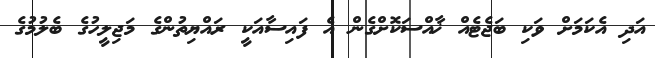
އަދި އެކަމަށް ވަކި ބަޖެޓެއް ޚާއްސަކޮށްގެން އެ ފައިސާއަކީ ރައްޔިތުންގެ މަޖިލީހުގެ ބެލުމުގެ